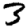
Digit: 3